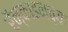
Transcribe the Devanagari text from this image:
रॅन्काइनच्या